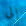
إلى